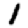
Digit: 1